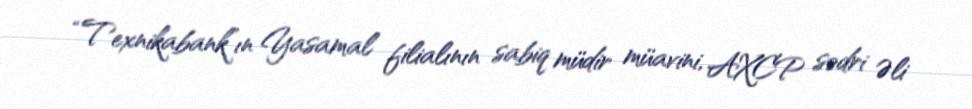
“Texnikabank”ın Yasamal filialının sabiq müdir müavini, AXCP sədri Əli